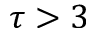
\tau > 3